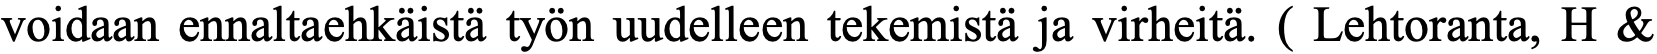
voidaan ennaltaehkäistä työn uudelleen tekemistä ja virheitä. ( Lehtoranta, H &